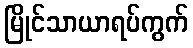
မြိုင်သာယာရပ်ကွက်